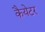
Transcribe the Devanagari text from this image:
कैयेटर